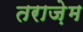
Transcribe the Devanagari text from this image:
तराज़ेम